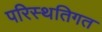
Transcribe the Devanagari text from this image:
परिस्थतिगत